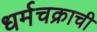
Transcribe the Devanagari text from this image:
धर्मचक्राची